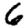
Digit: 6